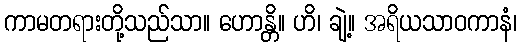
ကာမတရားတို့သည်သာ။ ဟောန္တိ။ ဟိ၊ ချဲ့။ အရိယသာဝကာနံ၊